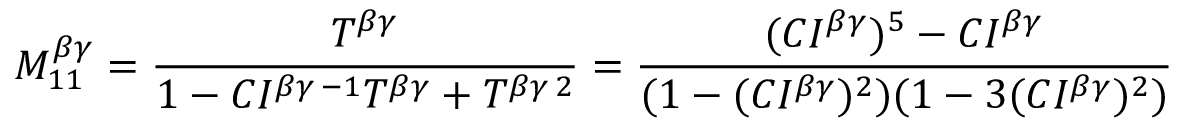
M _ { 1 1 } ^ { \beta \gamma } = \frac { T ^ { \beta \gamma } } { 1 - C I ^ { \beta \gamma \, - 1 } T ^ { \beta \gamma } + T ^ { \beta \gamma \, 2 } } = \frac { ( C I ^ { \beta \gamma } ) ^ { 5 } - C I ^ { \beta \gamma } } { ( 1 - ( C I ^ { \beta \gamma } ) ^ { 2 } ) ( 1 - 3 ( C I ^ { \beta \gamma } ) ^ { 2 } ) }